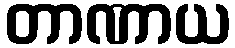
တာဏာယ